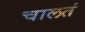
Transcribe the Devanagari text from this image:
चालतं